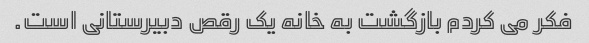
فکر می کردم بازگشت به خانه یک رقص دبیرستانی است.